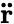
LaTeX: \mathbf{\ddot{r}}